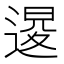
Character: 𨔫